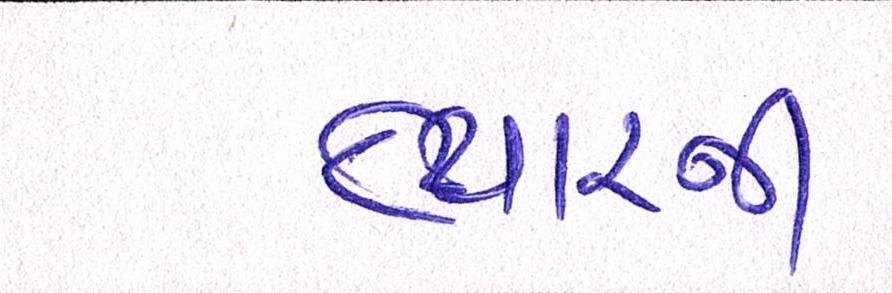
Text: ત્યારની